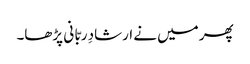
پھر میں نے ارشادِ ربّا نی پڑھا۔